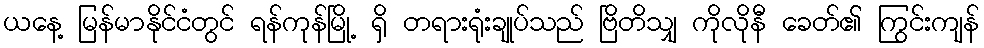
ယနေ့ မြန်မာနိုင်ငံတွင် ရန်ကုန်မြို့ ရှိ တရားရုံးချုပ်သည် ဗြိတိသျှ ကိုလိုနီ ခေတ်၏ ကြွင်းကျန်